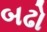
બઢો